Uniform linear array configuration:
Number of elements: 32
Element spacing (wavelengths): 1
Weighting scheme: hamming
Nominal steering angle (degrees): -15
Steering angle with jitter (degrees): -15.152
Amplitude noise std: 0.05
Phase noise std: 0.05

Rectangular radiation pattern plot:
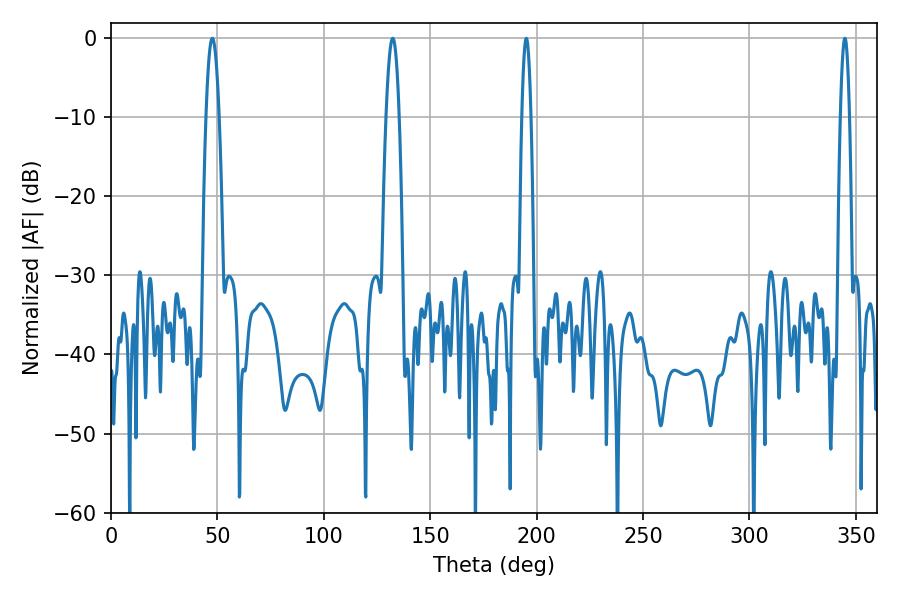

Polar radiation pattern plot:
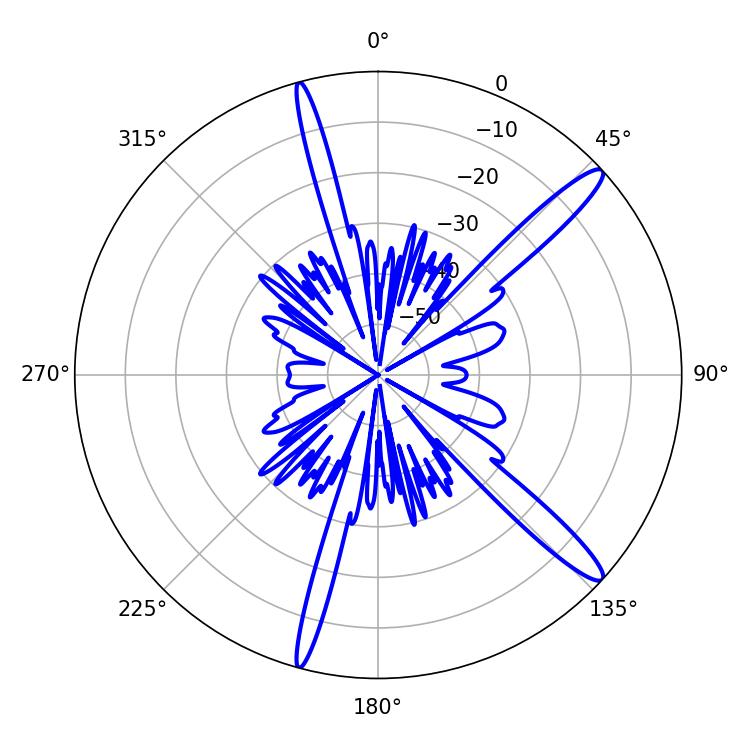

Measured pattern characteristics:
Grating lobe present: TRUE
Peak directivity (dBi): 14.439
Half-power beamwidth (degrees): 2.34
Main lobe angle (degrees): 195.12